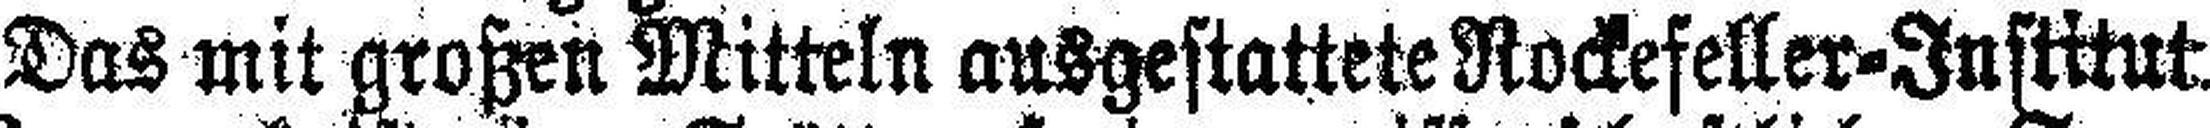
Das mit großen Mitteln ausgestattete Rockefeller=Institut